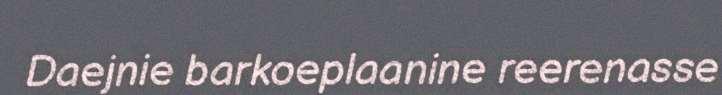
Daejnie barkoeplaanine reerenasse